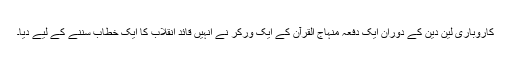
کاروباری لین دین کے دوران ایک دفعہ منہاج القرآن کے ایک ورکر نے انہیں قائد انقلاب کا ایک خطاب سننے کے لیے دیا۔